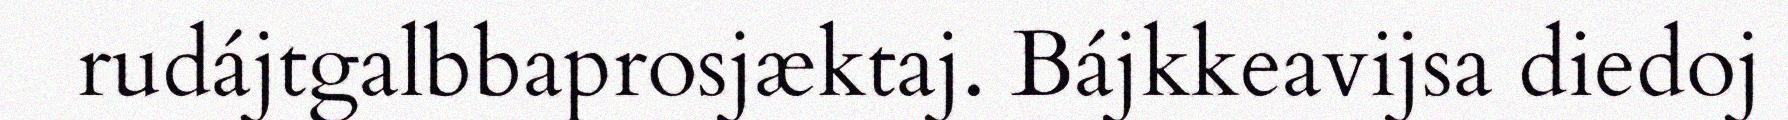
rudájtgalbbaprosjæktaj. Bájkkeavijsa diedoj